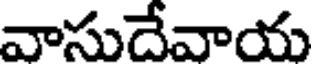
వాసుదేవాయ